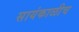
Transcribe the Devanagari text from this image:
सायंकाळीच